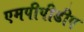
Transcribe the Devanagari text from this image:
एमपीपीडीए